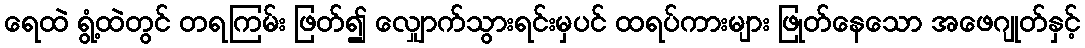
ရေထဲ ရွံ့ထဲတွင် တရကြမ်း ဖြတ်၍ လျှောက်သွားရင်းမှပင် ထရပ်ကားများ ဖြုတ်နေသော အဖေဂျုတ်နှင့်